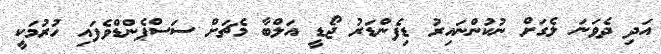
އަދި ދެވަނަ ލެގަށް ނުކުންނައިރު ޑިފެންޑަރު ޖޯޑީ އަލްބާ މެޗަށް ސަސްޕެންޑްވެފައި ހުރުމަކީ